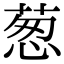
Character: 葱